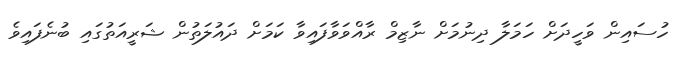
ހުސައިން ވަހީދަށް ހަމަލާ ދިނުމަށް ނާޒިމް ރާއްވަވާފައިވާ ކަމަށް ދައުލަތުން ޝަރީއަތުގައި ބުނެފައިވެ